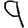
Digit: 9